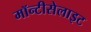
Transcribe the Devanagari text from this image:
मॉन्टीसेलाइट